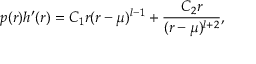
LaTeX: p ( r ) h ^ { \prime } ( r ) = C _ { 1 } r ( r - \mu ) ^ { l - 1 } + { \frac { C _ { 2 } r } { ( r - \mu ) ^ { l + 2 } } } ,